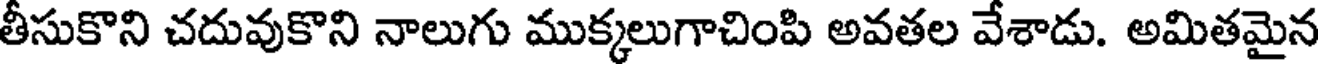
తీసుకొని చదువుకొని నాలుగు ముక్కలుగాచింపి అవతల వేశాడు. అమితమైన